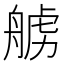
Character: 𫇛